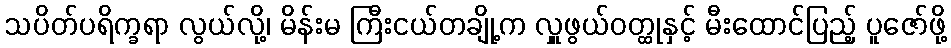
သပိတ်ပရိက္ခရာ လွယ်လို့၊ မိန်းမ ကြီးငယ်တချို့က လှူဖွယ်ဝတ္ထုနှင့် မီးထောင်ပြည့် ပူဇော်ဖို့